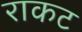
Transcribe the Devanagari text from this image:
राकट